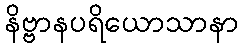
နိဗ္ဗာနပရိယောသာနာ